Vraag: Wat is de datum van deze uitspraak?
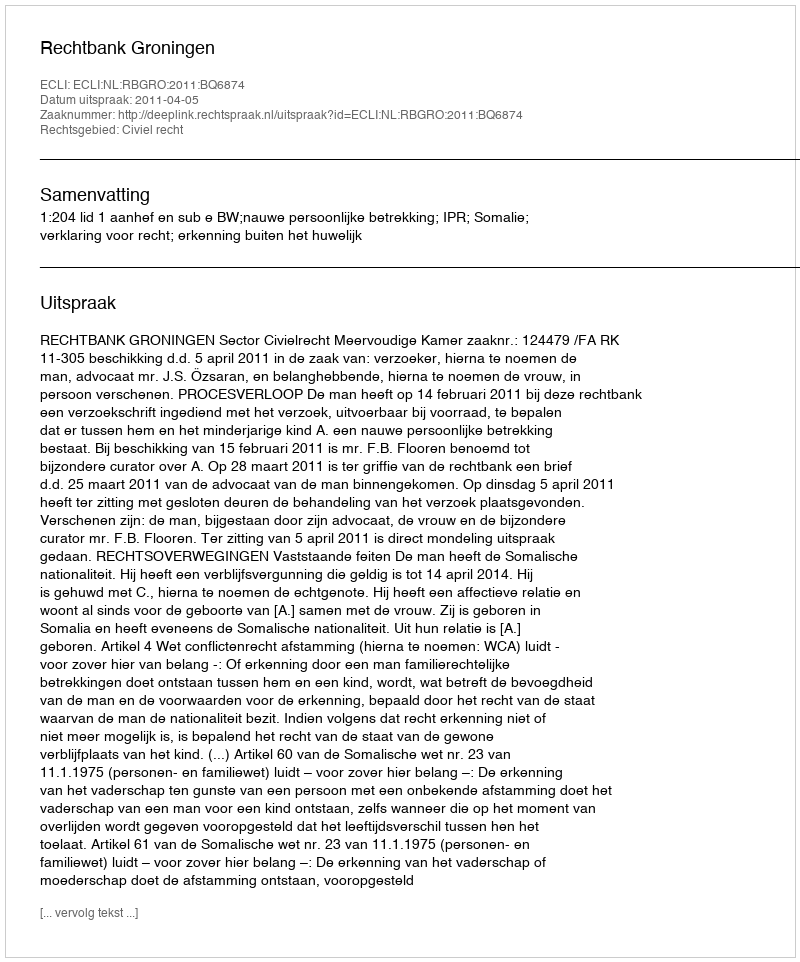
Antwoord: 2011-04-05